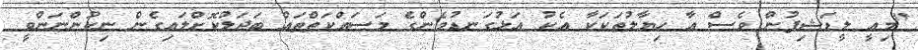
"މިއީ ލީޑަޝިޕުން ވެސް އާ ހިޔާލުތަކަކާ އެކު އަޅުގަނޑުމެންގެ މަސައްކަތްތައް ބަދަލުކޮށްލައިގެން ނިކުންނަންވީ